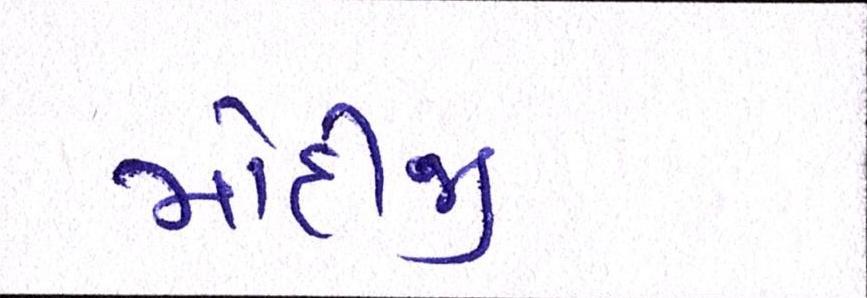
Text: મોદીજી